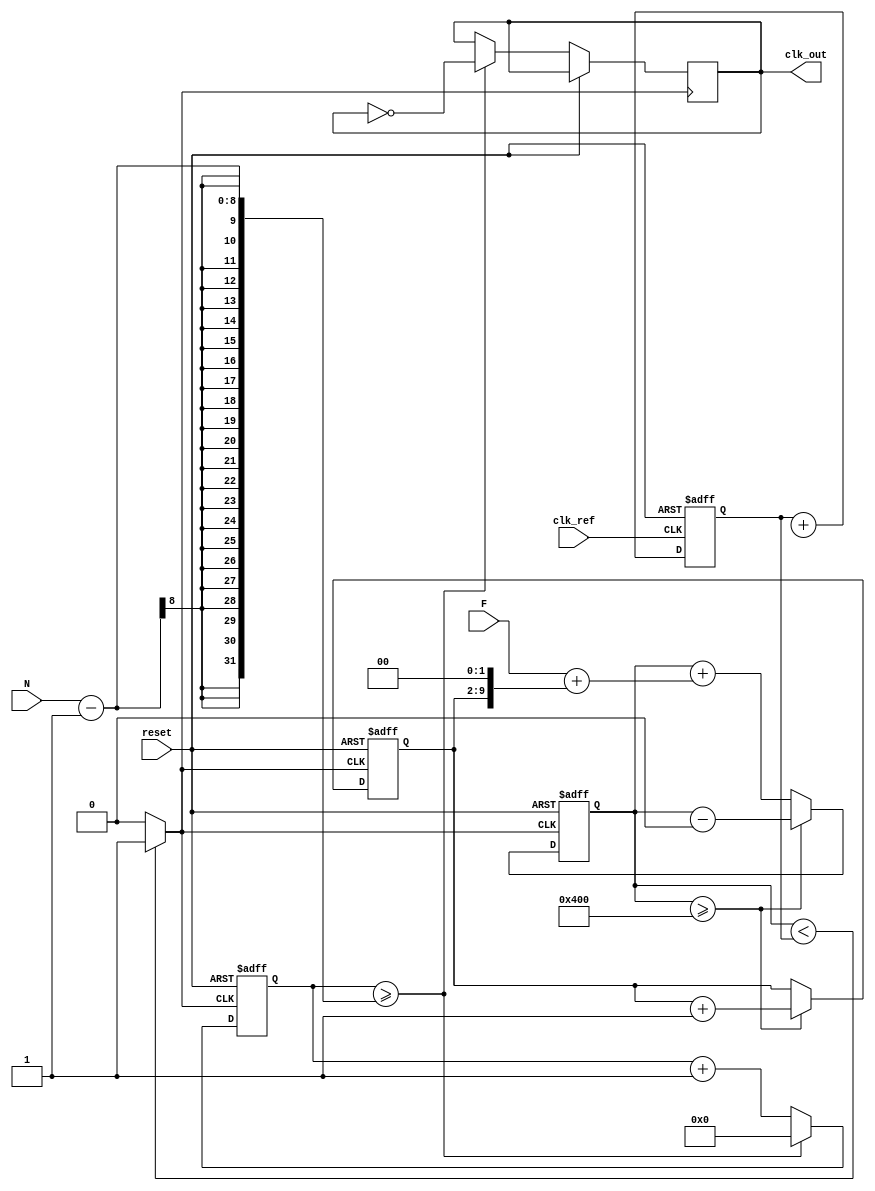
module frac_n_pll (
    input wire clk_ref,         // Reference clock input
    input wire reset,           // Reset signal
    input wire [N_WIDTH-1:0] N, // Integer division factor
    input wire [F_WIDTH-1:0] F, // Fractional part
    output wire clk_out         // Output clock
);

// Parameters for the PLL
parameter N_WIDTH = 8; // Width of N (Integer divider)
parameter F_WIDTH = 8; // Width of F (Fractional divider)
parameter PHASE_BITS = 10; // Number of bits for phase accumulator

// Internal signals
reg [PHASE_BITS-1:0] phase_accumulator; // Phase accumulator for frequency generation
wire vco_output;                        // Output of the VCO
reg [N_WIDTH-1:0] divider_count;        // Divider counter
reg [N_WIDTH-1:0] fractional_count;      // Fractional counter
reg [PHASE_BITS-1:0] vco_control_voltage; // Control voltage for the VCO

// Phase Detector (PD)
wire phase_error; // Phase error signal

// Loop Filter (1st order for simplicity)
always @(posedge clk_ref or posedge reset) begin
    if (reset) begin
        vco_control_voltage <= 0;
    end else begin
        // Simple loop filter implementation (for demonstration)
        vco_control_voltage <= vco_control_voltage + phase_error;
    end
end

// Voltage-Controlled Oscillator (VCO)
assign vco_output = (phase_accumulator < vco_control_voltage) ? 1'b1 : 1'b0;

// Frequency Divider (N Divider)
always @(posedge vco_output or posedge reset) begin
    if (reset) begin
        divider_count <= 0;
    end else begin
        if (divider_count >= N - 1) begin
            divider_count <= 0;
            clk_out <= ~clk_out; // Toggle output clock
        end else begin
            divider_count <= divider_count + 1;
        end
    end
end

// Fractional Divider
always @(posedge vco_output or posedge reset) begin
    if (reset) begin
        fractional_count <= 0;
        phase_accumulator <= 0;
    end else begin
        // Update phase accumulator with fractional division
        phase_accumulator <= phase_accumulator + (F + (fractional_count << (PHASE_BITS - F_WIDTH)));
        if (phase_accumulator >= (1 << PHASE_BITS)) begin
            phase_accumulator <= phase_accumulator - (1 << PHASE_BITS);
            fractional_count <= fractional_count + 1;
        end
    end
end

endmodule